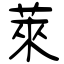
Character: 萊